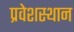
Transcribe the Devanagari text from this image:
प्रवेशस्थान